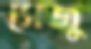
সেজু